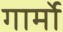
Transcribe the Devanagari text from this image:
गार्मो